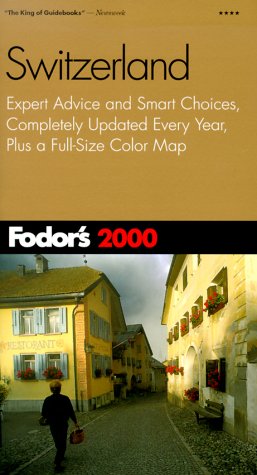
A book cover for Fodor's Switzerland 2000: Expert Advice and Smart Choices, Completely Updated Every Year, Plus a Full-Size Color Map; Fodor's; Travel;